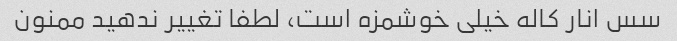
سس انار کاله خیلی خوشمزه است، لطفا تغییر ندهید ممنون